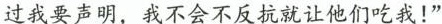
过我要声明，我不会不反抗就让他们吃我！”